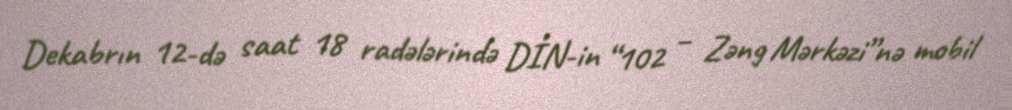
Dekabrın 12-də saat 18 radələrində DİN-in “102 – Zəng Mərkəzi”nə mobil